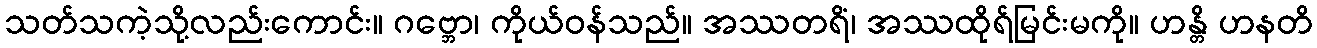
သတ်သကဲ့သို့လည်းကောင်း။ ဂဗ္ဘော၊ ကိုယ်ဝန်သည်။ အဿတရိံ၊ အဿထိုရ်မြင်းမကို။ ဟန္တိ ဟနတိ